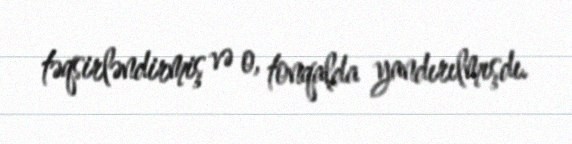
təqsirləndirmiş və o, tonqalda yandırılmışdı.